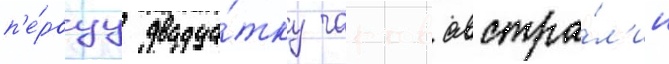
п'е́рвуу двадца́тку чартов австра́л'ии